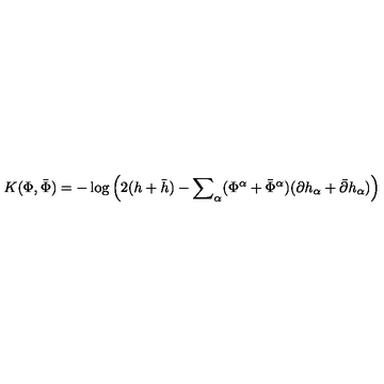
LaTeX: K ( \Phi , { \bar { \Phi } } ) = - \log \left( 2 ( h + { \bar { h } } ) - { \sum } _ { \alpha } ( { \Phi } ^ { \alpha } + { \bar { \Phi } } ^ { \alpha } ) ( { \partial h } _ { \alpha } + { \bar { \partial } } { h } _ { \alpha } ) \right)